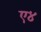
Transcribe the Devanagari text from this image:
ए४